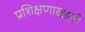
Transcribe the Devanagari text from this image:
प्रशिक्षणाखाली